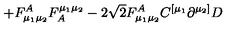
\left. + { F } _ { \mu _ { 1 } \mu _ { 2 } } ^ { A } { F } _ { A } ^ { \mu _ { 1 } \mu _ { 2 } } - 2 \sqrt { 2 } { F } _ { \mu _ { 1 } \mu _ { 2 } } ^ { A } { C } ^ { [ \mu _ { 1 } } \partial ^ { \mu _ { 2 } ] } { D } \right.